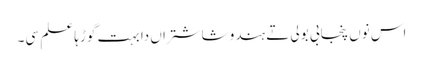
اس نوں پنجابی بولی تے ہندو شاشتراں دا بہت گوڑہا علم سی۔